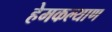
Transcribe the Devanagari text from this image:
हेमकल्याण